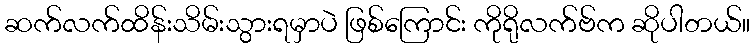
ဆက်လက်ထိန်းသိမ်းသွားရမှာပဲ ဖြစ်ကြောင်း ကိုရိုလက်ဗ်က ဆိုပါတယ်။